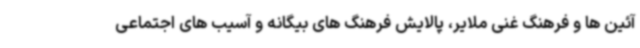
آئین ها و فرهنگ غنی ملایر، پالایش فرهنگ های بیگانه و آسیب های اجتماعی